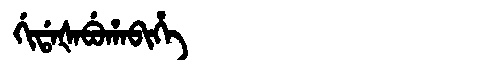
Manchu: ᡤᡳᡩᠠᡧᠠᠪᡠᡥᠠᠪᡳᡥᡝ
Romanization: GIDAŠABUHABIHE